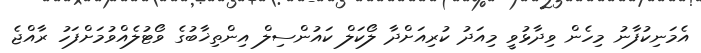
އެމަނިކުފާނު މިހެން ވިދާޅުވީ މިއަދު ކުރިއަށްދާ ލޯކަލް ކައުންސިލް އިންތިޚާބުގެ ވޯޓުލެއްވުމަށްފަހު ރާއްޖެ